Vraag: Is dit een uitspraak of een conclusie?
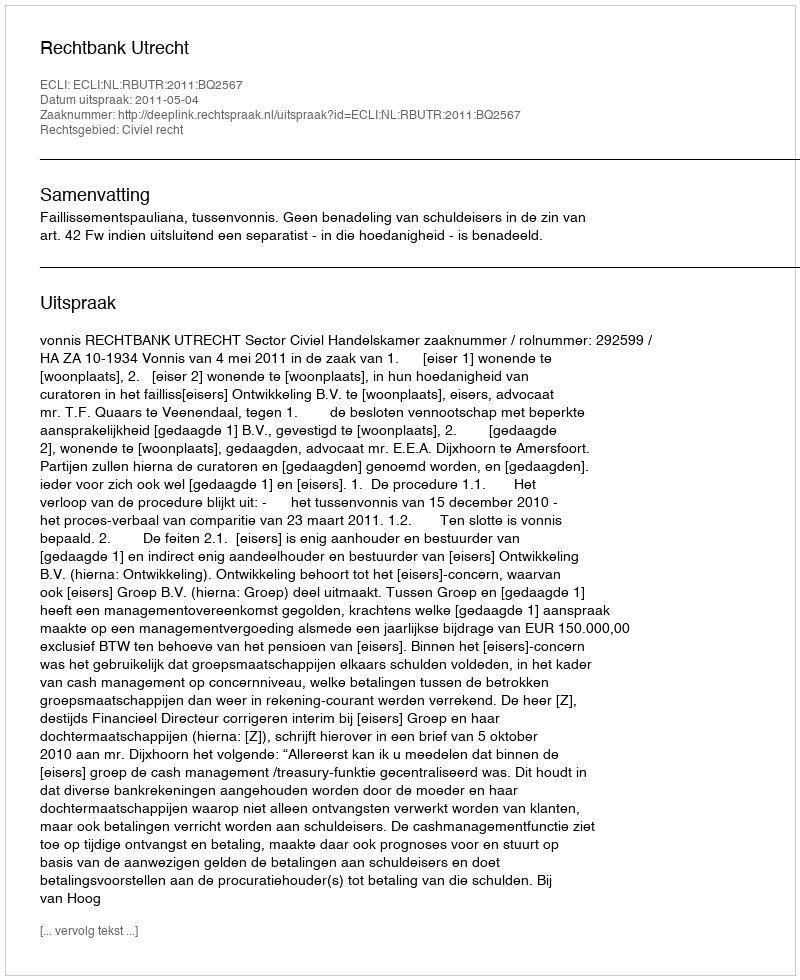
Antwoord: Uitspraak